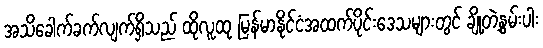
အသိခေါက်ခက်လျက်ရှိသည် ထိုလူထု မြန်မာနိုင်ငံအထက်ပိုင်းဒေသများတွင် ချို့တဲ့နွမ်းပါး